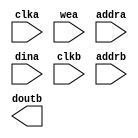
module blk_mem_gen_outputMem(
  clka,
  wea,
  addra,
  dina,
  clkb,
  addrb,
  doutb
);

input clka;
input [0 : 0] wea;
input [12 : 0] addra;
input [31 : 0] dina;
input clkb;
input [14 : 0] addrb;
output [7 : 0] doutb;

// synthesis translate_off

  BLK_MEM_GEN_V6_2 #(
    .C_ADDRA_WIDTH(13),
    .C_ADDRB_WIDTH(15),
    .C_ALGORITHM(1),
    .C_AXI_ID_WIDTH(4),
    .C_AXI_SLAVE_TYPE(0),
    .C_AXI_TYPE(1),
    .C_BYTE_SIZE(9),
    .C_COMMON_CLK(0),
    .C_DEFAULT_DATA("0"),
    .C_DISABLE_WARN_BHV_COLL(1),
    .C_DISABLE_WARN_BHV_RANGE(1),
    .C_FAMILY("virtex6"),
    .C_HAS_AXI_ID(0),
    .C_HAS_ENA(0),
    .C_HAS_ENB(0),
    .C_HAS_INJECTERR(0),
    .C_HAS_MEM_OUTPUT_REGS_A(0),
    .C_HAS_MEM_OUTPUT_REGS_B(0),
    .C_HAS_MUX_OUTPUT_REGS_A(0),
    .C_HAS_MUX_OUTPUT_REGS_B(0),
    .C_HAS_REGCEA(0),
    .C_HAS_REGCEB(0),
    .C_HAS_RSTA(0),
    .C_HAS_RSTB(0),
    .C_HAS_SOFTECC_INPUT_REGS_A(0),
    .C_HAS_SOFTECC_OUTPUT_REGS_B(0),
    .C_INIT_FILE_NAME("no_coe_file_loaded"),
    .C_INITA_VAL("0"),
    .C_INITB_VAL("0"),
    .C_INTERFACE_TYPE(0),
    .C_LOAD_INIT_FILE(0),
    .C_MEM_TYPE(1),
    .C_MUX_PIPELINE_STAGES(0),
    .C_PRIM_TYPE(1),
    .C_READ_DEPTH_A(8192),
    .C_READ_DEPTH_B(32768),
    .C_READ_WIDTH_A(32),
    .C_READ_WIDTH_B(8),
    .C_RST_PRIORITY_A("CE"),
    .C_RST_PRIORITY_B("CE"),
    .C_RST_TYPE("SYNC"),
    .C_RSTRAM_A(0),
    .C_RSTRAM_B(0),
    .C_SIM_COLLISION_CHECK("ALL"),
    .C_USE_BYTE_WEA(0),
    .C_USE_BYTE_WEB(0),
    .C_USE_DEFAULT_DATA(0),
    .C_USE_ECC(0),
    .C_USE_SOFTECC(0),
    .C_WEA_WIDTH(1),
    .C_WEB_WIDTH(1),
    .C_WRITE_DEPTH_A(8192),
    .C_WRITE_DEPTH_B(32768),
    .C_WRITE_MODE_A("WRITE_FIRST"),
    .C_WRITE_MODE_B("WRITE_FIRST"),
    .C_WRITE_WIDTH_A(32),
    .C_WRITE_WIDTH_B(8),
    .C_XDEVICEFAMILY("virtex6")
  )
  inst (
    .CLKA(clka),
    .WEA(wea),
    .ADDRA(addra),
    .DINA(dina),
    .CLKB(clkb),
    .ADDRB(addrb),
    .DOUTB(doutb),
    .RSTA(),
    .ENA(),
    .REGCEA(),
    .DOUTA(),
    .RSTB(),
    .ENB(),
    .REGCEB(),
    .WEB(),
    .DINB(),
    .INJECTSBITERR(),
    .INJECTDBITERR(),
    .SBITERR(),
    .DBITERR(),
    .RDADDRECC(),
    .S_ACLK(),
    .S_ARESETN(),
    .S_AXI_AWID(),
    .S_AXI_AWADDR(),
    .S_AXI_AWLEN(),
    .S_AXI_AWSIZE(),
    .S_AXI_AWBURST(),
    .S_AXI_AWVALID(),
    .S_AXI_AWREADY(),
    .S_AXI_WDATA(),
    .S_AXI_WSTRB(),
    .S_AXI_WLAST(),
    .S_AXI_WVALID(),
    .S_AXI_WREADY(),
    .S_AXI_BID(),
    .S_AXI_BRESP(),
    .S_AXI_BVALID(),
    .S_AXI_BREADY(),
    .S_AXI_ARID(),
    .S_AXI_ARADDR(),
    .S_AXI_ARLEN(),
    .S_AXI_ARSIZE(),
    .S_AXI_ARBURST(),
    .S_AXI_ARVALID(),
    .S_AXI_ARREADY(),
    .S_AXI_RID(),
    .S_AXI_RDATA(),
    .S_AXI_RRESP(),
    .S_AXI_RLAST(),
    .S_AXI_RVALID(),
    .S_AXI_RREADY(),
    .S_AXI_INJECTSBITERR(),
    .S_AXI_INJECTDBITERR(),
    .S_AXI_SBITERR(),
    .S_AXI_DBITERR(),
    .S_AXI_RDADDRECC()
  );

// synthesis translate_on

endmodule